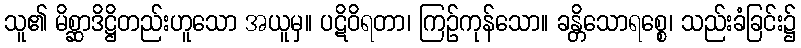
သူ၏ မိစ္ဆာဒိဋ္ဌိတည်းဟူသော အယူမှ။ ပဋိဝိရတာ၊ ကြဉ်ကုန်သော။ ခန္တိသောရစ္စေ၊ သည်းခံခြင်း၌